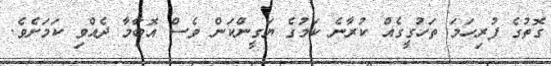
ގޮތުގެ ފުރިހަމަ ތަހުގީގެއް ކުރާނެ ކަމުގެ ޔަގީންކަން ވެސް އޮބާމާ ދެއްވި ކަމަށެވެ.